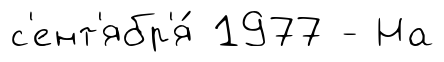
с'ент'ябр'я́ 1977 - На